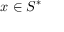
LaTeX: x \in S ^ { * }